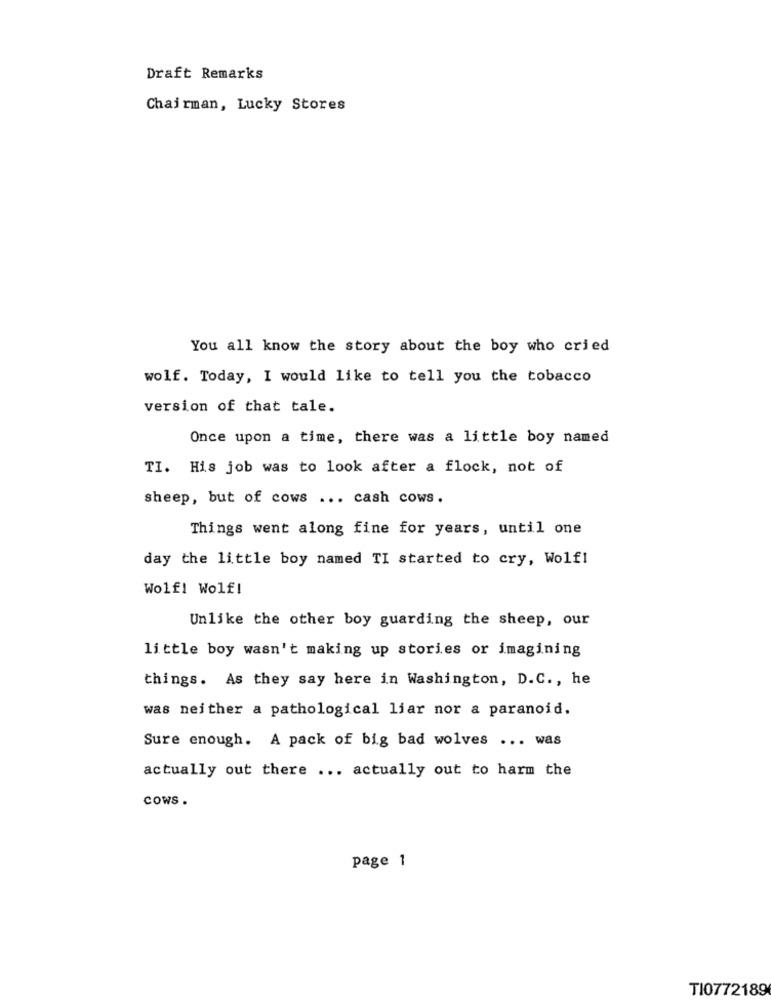
Draft Remarks
Chairman, Lucky Stores
You all know the story about the boy who cried
wolf. Today, I would like to tell you the tobacco
version of that tale.
Once upon a time, there was a little boy named
TI. His job was to look after a flock, not of
sheep, but of cows ... cash cows.
Things went along fine for years, until one
day the little boy named TI started to cry, Wolf!
Wolf! Wolf!
Unlike the other boy guarding the sheep, our
little boy wasn't making up stories or imagining
things. As they say here in Washington, D.C ., he
was neither a pathological liar nor a paranoid.
Sure enough. A pack of big bad wolves ... was
actually out there ... actually out to harm the
COWS .
page 1
TI0772189